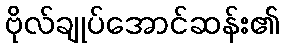
ဗိုလ်ချုပ်အောင်ဆန်း၏